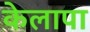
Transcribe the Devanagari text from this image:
केलापा